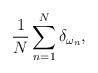
LaTeX: \begin{align*}\frac{1}{N}\sum_{n=1}^N \delta_{\omega_n},\end{align*}